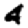
Digit: 4